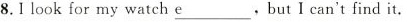
8.I look for my watch \underline{e} , but I can't find it.